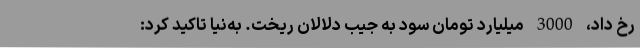
رخ داد، 3000 میلیارد تومان سود به جیب دلالان ریخت. به‌نیا تاکید کرد: